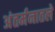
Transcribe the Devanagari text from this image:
अंतर्मनातले